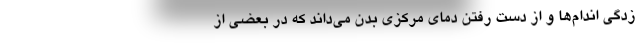
زدگی اندام‌ها و از دست رفتن دمای مرکزی بدن می‌داند که در بعضی از